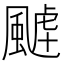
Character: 𩗸